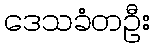
ဒေသခံတဦး